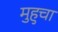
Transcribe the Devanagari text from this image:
मुहुचा